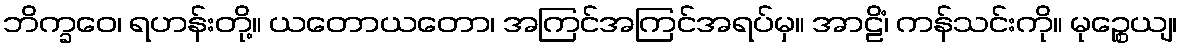
ဘိက္ခဝေ၊ ရဟန်းတို့။ ယတောယတော၊ အကြင်အကြင်အရပ်မှ။ အာဠိံ၊ ကန်သင်းကို။ မုဉ္စေယျ၊